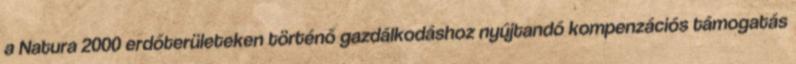
a Natura 2000 erdőterületeken történő gazdálkodáshoz nyújtandó kompenzációs támogatás